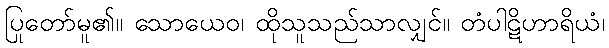
ပြုတော်မူ၏။ သောယေဝ၊ ထိုသူသည်သာလျှင်။ တံပါဋိဟာရိယံ၊